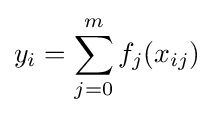
y_{i}=\sum _{j=0}^{m}f_{j}(x_{ij})